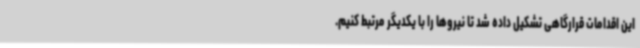
این اقدامات قرارگاهی تشکیل داده شد تا نیروها را با یکدیگر مرتبط کنیم.